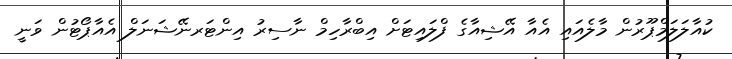
ކުއާލަލަމްޕޫރުން މާލެއައި އެއާ އޭޝިއާގެ ފްލައިޓަށް އިބްރާހިމް ނާސިރު އިންޓަރނޭޝަނަލް އެއާޕޯޓުން ވަނީ